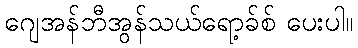
ဂျေအန်ဘီအွန်သယ်ရော့ခ်စ် ပေးပါ။